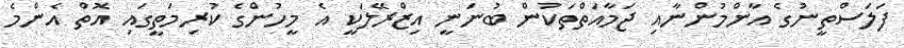
ފަލަސްތީނުގެ އާންމުންނާއި ޖަމާއަތްތަކުން ބުނަނީ އިޒްރޭލަކީ އެ މީހުންގެ ކުރިމަތީގައި އޮތް އެންމެ